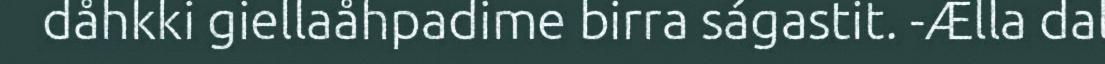
dåhkki giellaåhpadime birra ságastit. -Ælla dal